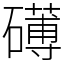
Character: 礡